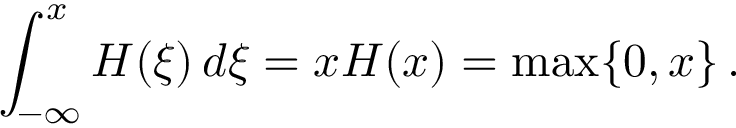
\int _ { - \infty } ^ { x } H ( \xi ) \, d \xi = x H ( x ) = \operatorname* { m a x } \{ 0 , x \} \, .